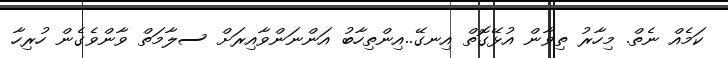
ކަމެއް ނެތް. މިހާރު ތިވާން އުޅޭގޮތް އިނގޭ..އިންތިހާބު އަންނަންވާއިރަށް ސލާމަތް ވާންވެގެން ހުރިހާ